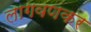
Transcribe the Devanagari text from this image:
लागवणकर